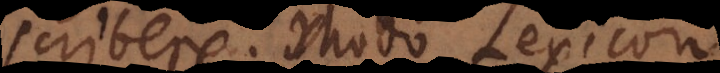
scribere; modo Lexicon